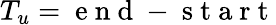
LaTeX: T_{u}=\mathrm{~e~n~d~}-\mathrm{~s~t~a~r~t~}